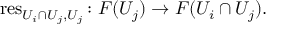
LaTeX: \operatorname { r e s } _ { U _ { i } \cap U _ { j } , U _ { j } } \colon F ( U _ { j } ) \rightarrow F ( U _ { i } \cap U _ { j } ) .